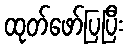
ထုတ်ဖော်ပြပြီး